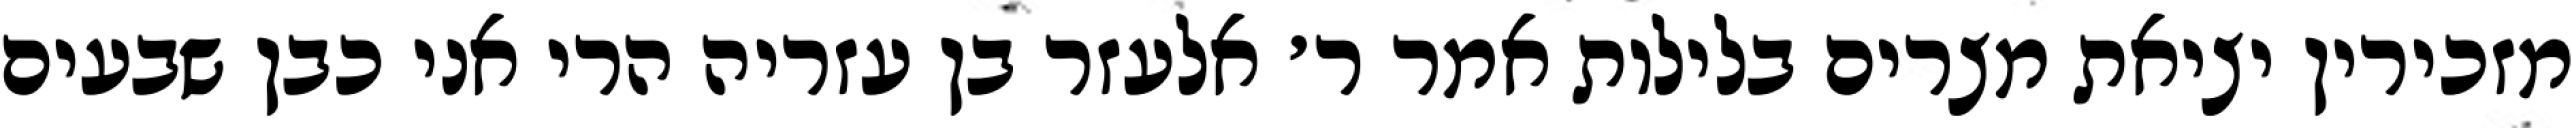
מזכירין יציאת מצרים בלילות אמר ר׳ אלעזר בן עזריה הרי אני כבן שבעים